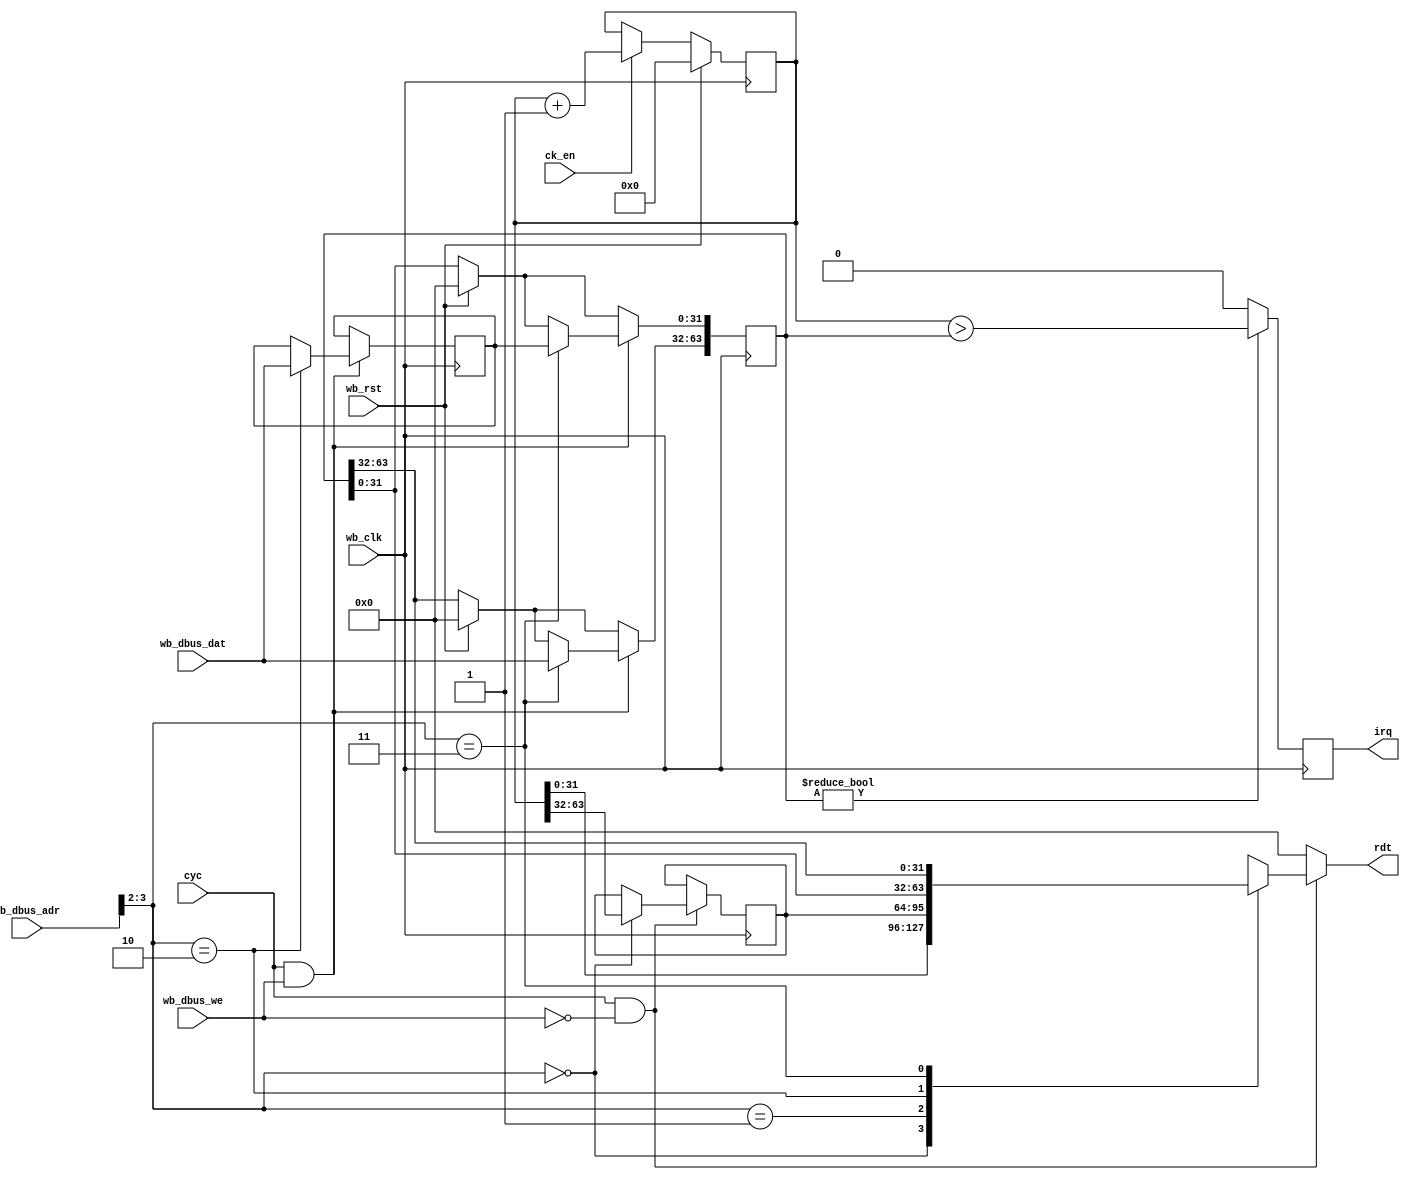
// This program was cloned from: https://github.com/DaveBerkeley/serv_soc
// License: MIT License


`default_nettype none

module timer 
    #(parameter INITIAL = 64'h0)
(
    input wire wb_clk,
    input wire wb_rst,
    input wire ck_en,
    input wire [31:0] wb_dbus_dat,
    /* verilator lint_off UNUSED */
    input wire [31:0] wb_dbus_adr,
    /* verilator lint_on UNUSED */
    input wire wb_dbus_we,
    input wire cyc,
    output reg irq,
    output wire [31:0] rdt
);

    reg [63:0] mtime;
    reg [63:0] mtimecmp;
    // temp registers needed to make 64-bit read/writes atomic
    reg [31:0] temp_time;
    reg [31:0] temp_cmp;

    initial begin
        irq = 0;
        mtime = INITIAL;
        mtimecmp = 0;
    end

    wire [1:0] addr;
    assign addr = wb_dbus_adr[3:2];

    always @(posedge wb_clk) begin

        if (wb_rst) begin
            mtime <= INITIAL;
            mtimecmp <= 0;
        end else if (ck_en) begin
            mtime <= mtime + 1;
        end

        irq <= (mtimecmp != 0) ? (mtime > mtimecmp) : 0;

        if (cyc & wb_dbus_we) begin
            if (addr == 2) begin
                // latch mtimecmp_lo
                temp_cmp <= wb_dbus_dat;
            end 
            if (addr == 3) begin
                // mtimecmp_hi + latched lo word
                mtimecmp[31:0]  <= temp_cmp;
                mtimecmp[63:32] <= wb_dbus_dat;
            end
        end

        if (cyc & !wb_dbus_we) begin
            if (addr == 0) begin
                // mtime_lo : latch the hi word
                temp_time <= mtime[63:32];
            end 
        end

    end

    function [31:0] read(input [1:0] reg_addr);

        begin
            case (reg_addr)
                0   :   read = mtime[31:0];
                1   :   read = temp_time;
                2   :   read = mtimecmp[31:0];
                3   :   read = mtimecmp[63:32];
            endcase
        end

    endfunction

    assign rdt = (cyc & !wb_dbus_we) ? read(addr) : 0;

endmodule